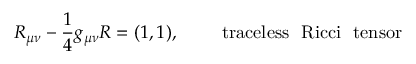
R _ { \mu \nu } - \frac { 1 } { 4 } g _ { \mu \nu } R = ( 1 , 1 ) , ~ ~ ~ ~ ~ ~ ~ \mathrm { t r a c e l e s s ~ ~ R i c c i ~ ~ t e n s o r }